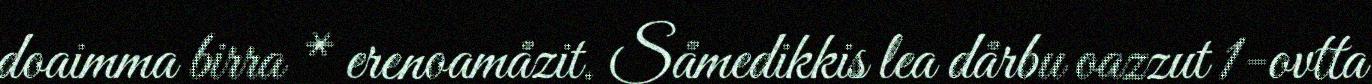
doaimma birra * erenoamåzit. Såmedikkis lea dårbu oazzut 1-ovtta